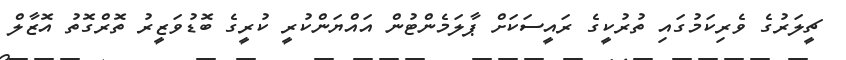
ޗީލަރުގެ ވެރިކަމުގައި ތުރުކީގެ ރައީސަކަށް ޕާލަމެންޓުން އައްޔަންކުރީ ކުރީގެ ބޮޑުވަޒީރު ތޮރްގޮތު އޮޒާލް